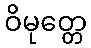
ဝိမုတ္တေ